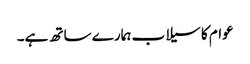
عوام کا سیلاب ہمارے ساتھ ہے۔